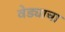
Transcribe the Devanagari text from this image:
वेड्याचा